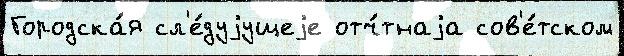
Городска́я сл'е́дуjущеjе отч́тнаjа сов'е́тском